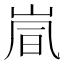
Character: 𫵽